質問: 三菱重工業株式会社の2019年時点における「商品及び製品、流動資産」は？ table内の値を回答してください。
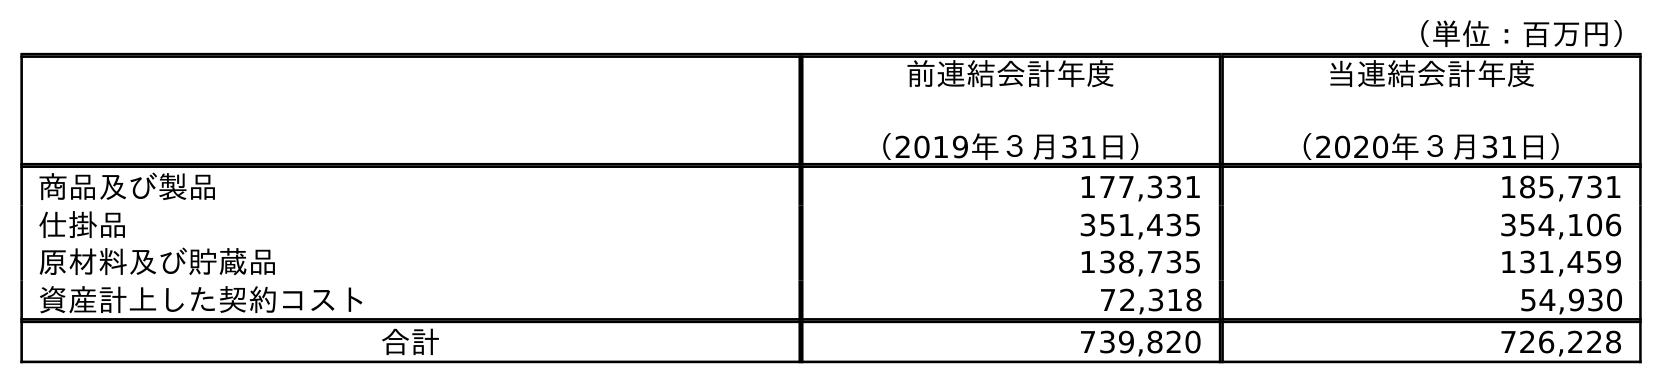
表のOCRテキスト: （単位：百万円） 前連結会計年度 （2019年３月31日） 当連結会計年度 （2020年３月31日） 商品及び製品 177,331 185,731 仕掛品 351,435 354,106 原材料及び貯蔵品 138,735 131,459 資産計上した契約コスト 72,318 54,930 合計 739,820 726,228
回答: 177,331